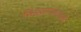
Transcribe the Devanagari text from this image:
निळ्यासावळ्या